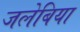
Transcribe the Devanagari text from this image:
जलेबिया